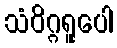
သံဝိဂ္ဂရူပေါ